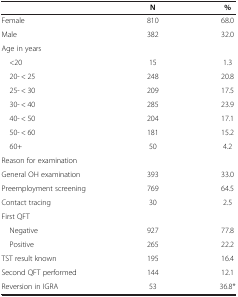
<table><thead><tr><td><b> </b></td><td><b>N</b></td><td><b>%</b></td></tr></thead><tbody><tr><td>Female</td><td>810</td><td>68.0</td></tr><tr><td>Male</td><td>382</td><td>32.0</td></tr><tr><td>Age in years</td><td> </td><td> </td></tr><tr><td> &lt;20</td><td>15</td><td>1.3</td></tr><tr><td> 20- &lt; 25</td><td>248</td><td>20.8</td></tr><tr><td> 25- &lt; 30</td><td>209</td><td>17.5</td></tr><tr><td> 30- &lt; 40</td><td>285</td><td>23.9</td></tr><tr><td> 40- &lt; 50</td><td>204</td><td>17.1</td></tr><tr><td> 50- &lt; 60</td><td>181</td><td>15.2</td></tr><tr><td> 60+</td><td>50</td><td>4.2</td></tr><tr><td>Reason for examination</td><td> </td><td> </td></tr><tr><td>General OH examination</td><td>393</td><td>33.0</td></tr><tr><td>Preemployment screening</td><td>769</td><td>64.5</td></tr><tr><td>Contact tracing</td><td>30</td><td>2.5</td></tr><tr><td>First QFT</td><td> </td><td> </td></tr><tr><td> Negative</td><td>927</td><td>77.8</td></tr><tr><td> Positive</td><td>265</td><td>22.2</td></tr><tr><td>TST result known</td><td>195</td><td>16.4</td></tr><tr><td>Second QFT performed</td><td>144</td><td>12.1</td></tr><tr><td>Reversion in IGRA</td><td>53</td><td>36.8*</td></tr></tbody></table>